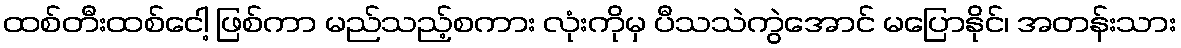
ထစ်တီးထစ်ငေါ့ ဖြစ်ကာ မည်သည့်စကား လုံးကိုမှ ပီသသဲကွဲအောင် မပြောနိုင်၊ အတန်းသား